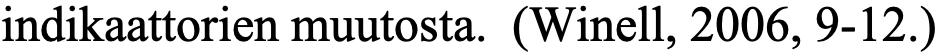
indikaattorien muutosta. (Winell, 2006, 9-12.)